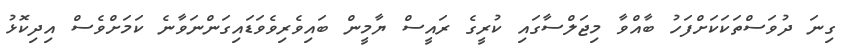
ގިނަ ދުވަސްތަކަކަށްފަހު ބާއްވާ މިޖަލްސާގައި ކުރީގެ ރައީސް ޔާމީން ބައިވެރިވެވަޑައިގަންނަވާނެ ކަމަށްވެސް އިދިކޮޅު